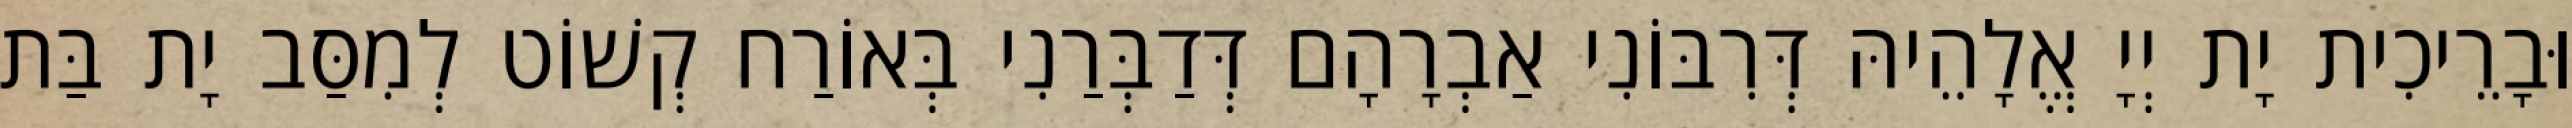
וּבָרֵיכִית יָת יְיָ אֱלָהֵיהּ דְּרִבּוֹנִי אַבְרָהָם דְּדַבְּרַנִי בְּאוֹרַח קְשׁוֹט לְמִסַּב יָת בַּת